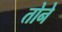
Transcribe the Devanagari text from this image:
तोने